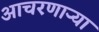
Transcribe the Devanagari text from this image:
आचरणाऱ्या